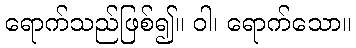
ရောက်သည်ဖြစ်၍။ ဝါ၊ ရောက်သော။